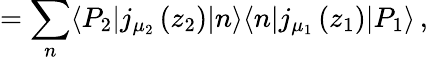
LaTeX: =\sum_{n}\langle P_{2}|j_{\mu_{2}}\left(z_{2}\right)|n\rangle\langle n|j_{\mu_{1}}\left(z_{1}\right)|P_{1}\rangle\, ,